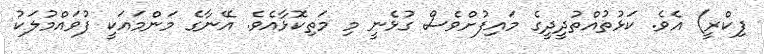
ފިކްރީ) އެވެ. ކަޅުތުއްތުދީދީގެ މައިފުށްވެސް ގުޅެނީ މި މަތިކޮޅާއެވެ. އޭނާގެ މަންމައަކީ ފުވައްމުލަކު